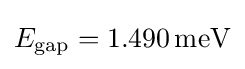
E_{\mathrm {gap} }=1.490\,\mathrm {meV}